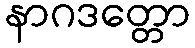
နာဂဒတ္တော